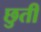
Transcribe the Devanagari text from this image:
छुती